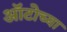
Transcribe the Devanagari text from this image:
ऑटोच्या